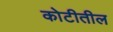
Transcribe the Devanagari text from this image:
कोटीतील